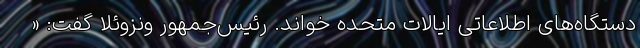
دستگاه‌های اطلاعاتی ایالات متحده خواند. رئیس‌جمهور ونزوئلا گفت: «